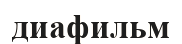
диафильм